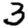
Digit: 3